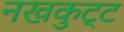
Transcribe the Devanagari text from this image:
नखकुट्ट